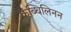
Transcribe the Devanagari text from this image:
कब्धिलिनन